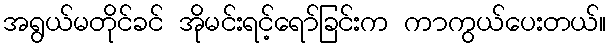
အရွယ်မတိုင်ခင် အိုမင်းရင့်ရော်ခြင်းက ကာကွယ်ပေးတယ်။